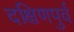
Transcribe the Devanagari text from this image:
दक्षिणपुर्व